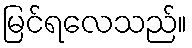
မြင်ရလေသည်။